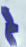
لم